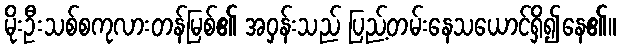
မိုးဦးသစ်စကုလားတန်မြစ်၏ အဝှန်းသည် ပြည့်တမ်းနေသယောင်ရှိ၍နေ၏။